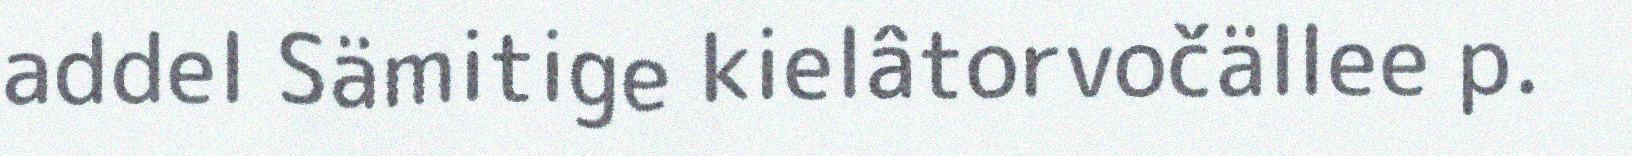
addel Sämitige kielâtorvočällee p.